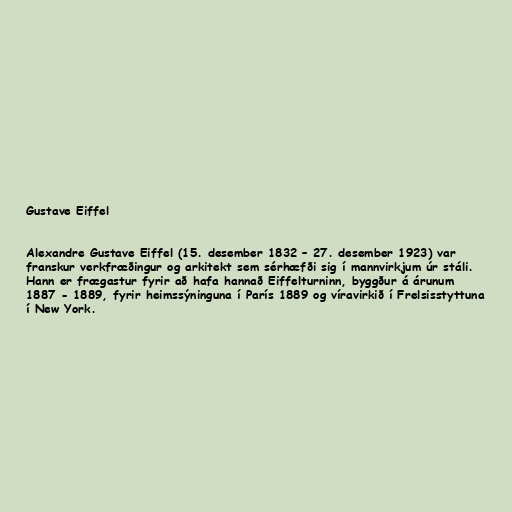
Gustave Eiffel

Alexandre Gustave Eiffel (15. desember 1832 – 27. desember 1923) var
franskur verkfræðingur og arkitekt sem sérhæfði sig í mannvirkjum úr stáli.
Hann er frægastur fyrir að hafa hannað Eiffelturninn, byggður á árunum
1887 - 1889, fyrir heimssýninguna í París 1889 og víravirkið í Frelsisstyttuna
í New York.